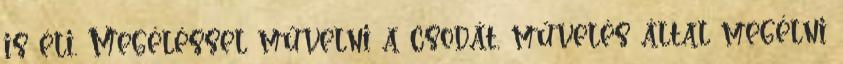
is éli. Megéléssel művelni a csodát, művelés által megélni